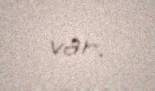
var.